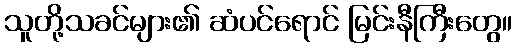
သူတို့သခင်များ၏ ဆံပင်ရောင် မြင်းနီကြီးတွေ။